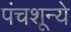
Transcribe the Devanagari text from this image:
पंचशून्ये